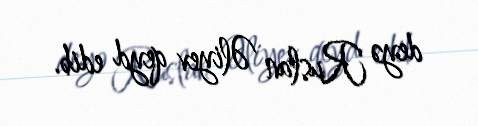
deyə Ruslan Əliyev qeyd edib.